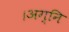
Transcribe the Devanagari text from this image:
।अग्नि